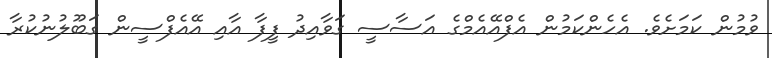
ވުމުން ކަމަށެވެ. އެެހެންކަމުން އެފްއޭއެމްގެ އަސާސީ ގަވާއިދު ފީފާ އާއި އޭއެފްސީން ގަބޫލުނުކުރާ